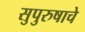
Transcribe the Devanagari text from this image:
सुपुरुषाचे